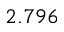
2 . 7 9 6